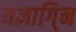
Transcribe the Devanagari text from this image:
यज्ञागि्न